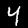
Digit: 4